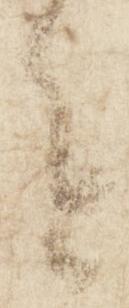
を